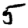
Digit: 5